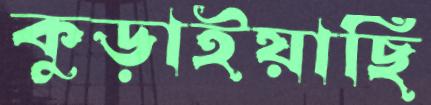
কুড়াইয়াছি